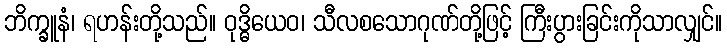
ဘိက္ခူနံ၊ ရဟန်းတို့သည်။ ဝုဒ္ဓိယေဝ၊ သီလစသောဂုဏ်တို့ဖြင့် ကြီးပွားခြင်းကိုသာလျှင်။